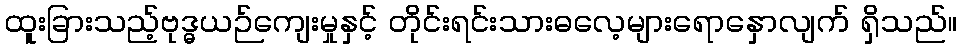
ထူးခြားသည့်ဗုဒ္ဓယဉ်ကျေးမှုနှင့် တိုင်းရင်းသားဓလေ့များရောနှောလျက် ရှိသည်။